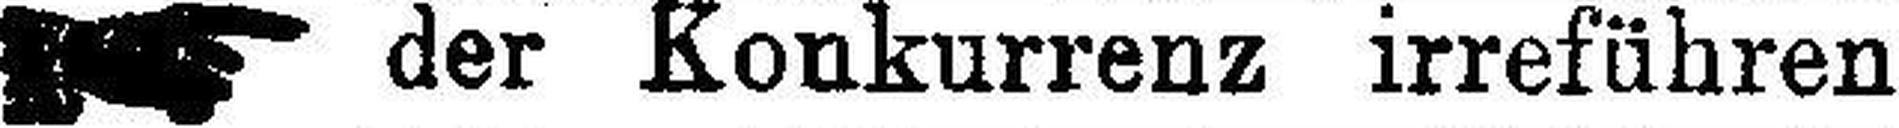
der Konkurrenz irreführen